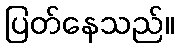
ပြတ်နေသည်။